Indian journal of veterinary science and animal husbandry - Volumes 22-23, 1952-1953
Year: 1952
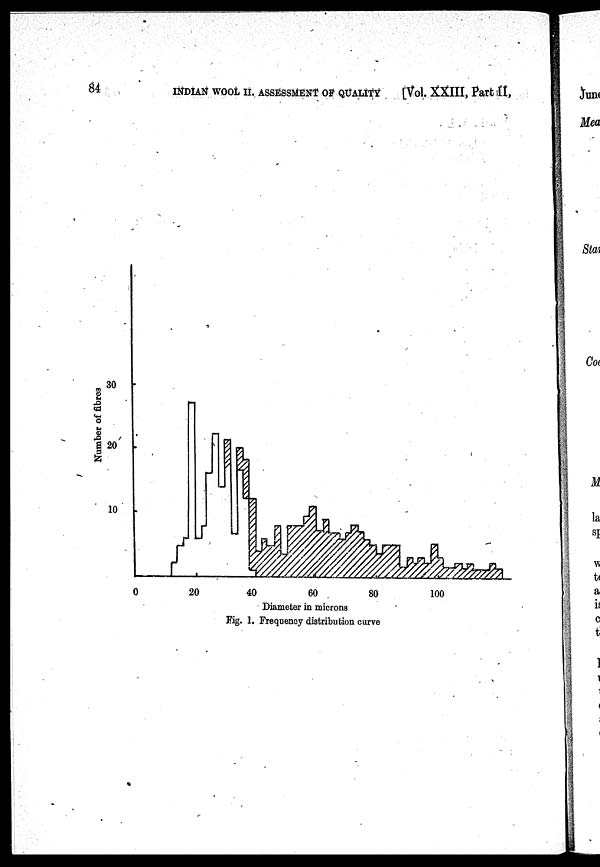
84
INDIAN WOOL II. ASSESSMENT OF QUALITY [Vol. XXIII, Part II,
Fig. 1. Frequency distribution curve